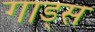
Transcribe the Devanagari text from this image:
गाड्स